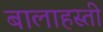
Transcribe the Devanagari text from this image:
बालाहस्ती